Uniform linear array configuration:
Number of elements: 16
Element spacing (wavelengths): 0.25
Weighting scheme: uniform
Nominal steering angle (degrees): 45
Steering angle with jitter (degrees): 43.639
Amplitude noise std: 0.05
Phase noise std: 0.05

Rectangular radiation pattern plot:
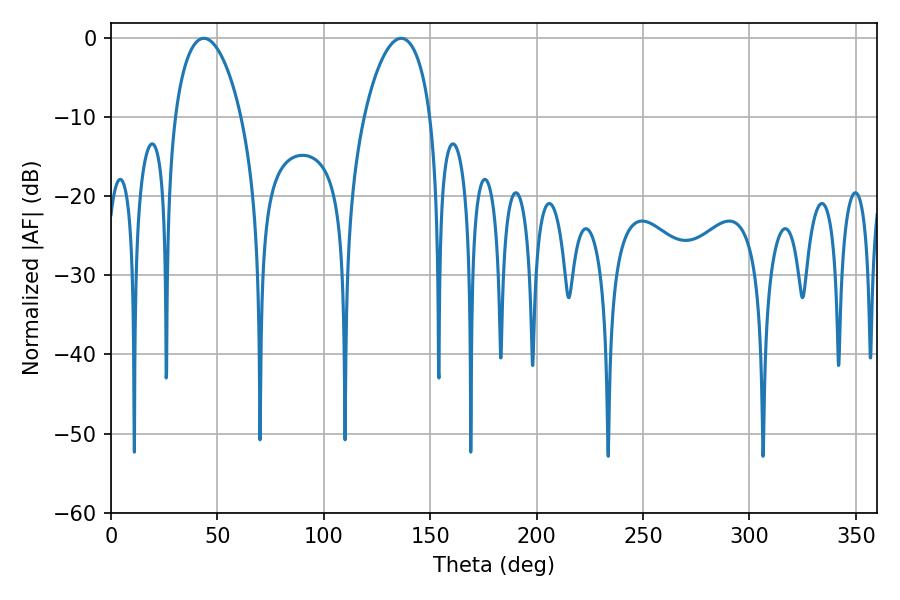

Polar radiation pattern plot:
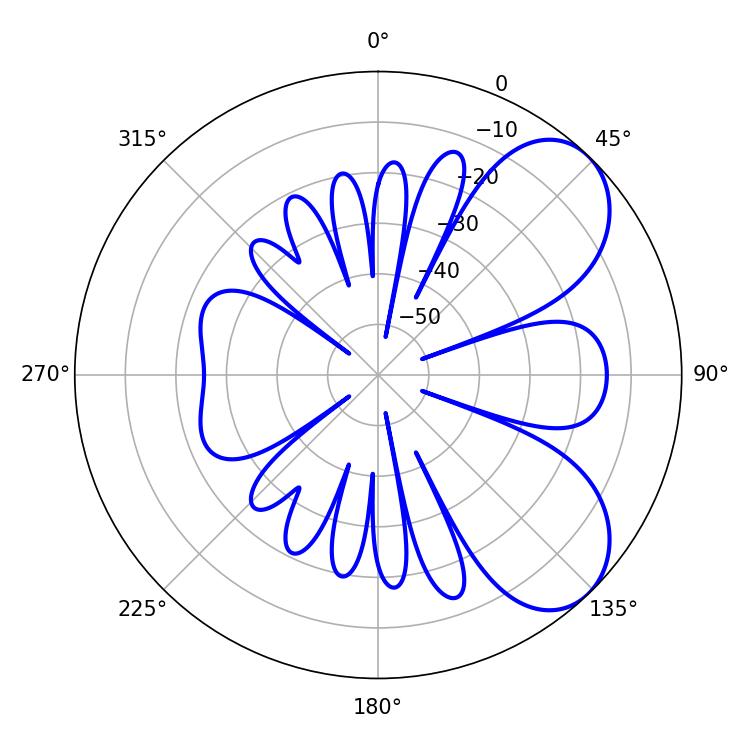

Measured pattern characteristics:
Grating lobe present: FALSE
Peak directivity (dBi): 6.354
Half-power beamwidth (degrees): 17.64
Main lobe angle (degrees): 43.56